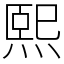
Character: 熙